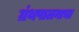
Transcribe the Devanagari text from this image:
ग्रंथपालनाचा